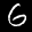
Label: 6